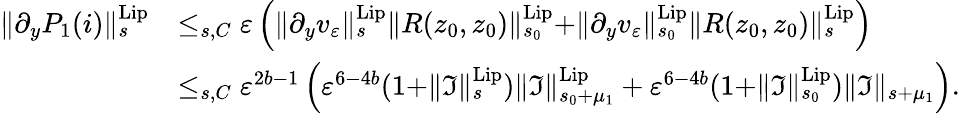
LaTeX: \begin{array}{rl}{\rVert\partial_{y}P_{1}(i)\rVert_{s}^{\mathrm{Lip}}}&{\le_{s,C}\varepsilon\left(\rVert\partial_{y}v_{\varepsilon}\rVert_{s}^{\mathrm{Lip}}\rVert R(z_{0},z_{0})\rVert_{s_{0}}^{\mathrm{Lip}}+\rVert\partial_{y}v_{\varepsilon}\rVert_{s_{0}}^{\mathrm{Lip}}\rVert R(z_{0},z_{0})\rVert_{s}^{\mathrm{Lip}}\right)}\\ &{\le_{s,C}\varepsilon^{2b-1}\left(\varepsilon^{6-4b}(1+\rVert\mathfrak{I}\rVert_{s}^{\mathrm{Lip}})\rVert\mathfrak{I}\rVert_{s_{0}+\mu_{1}}^{\mathrm{Lip}}+\varepsilon^{6-4b}(1+\rVert\mathfrak{I}\rVert_{s_{0}}^{\mathrm{Lip}})\rVert\mathfrak{I}\rVert_{s+\mu_{1}}\right).}\end{array}